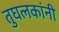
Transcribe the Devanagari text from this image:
तुघलकांनी